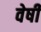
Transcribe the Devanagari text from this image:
वेषी